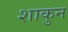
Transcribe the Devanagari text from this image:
शाकुन